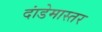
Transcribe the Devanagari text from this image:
दांडेमास्तर